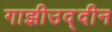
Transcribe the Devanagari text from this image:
गाझीउद्दीन